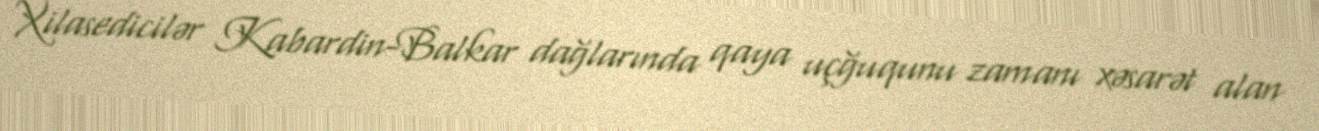
Xilasedicilər Kabardin-Balkar dağlarında qaya uçğuqunu zamanı xəsarət alan